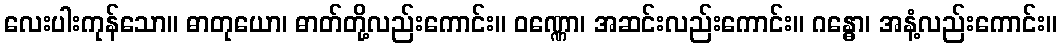
လေးပါးကုန်သော။ ဓာတုယော၊ ဓာတ်တို့လည်းကောင်း။ ဝဏ္ဏော၊ အဆင်းလည်းကောင်း။ ဂန္ဓော၊ အနံ့လည်းကောင်း။